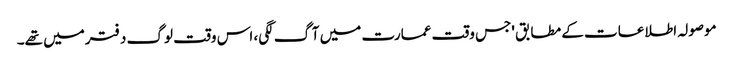
موصولہ اطلاعات کے مطابق 'جس وقت عمارت میں آگ لگی، اس وقت لوگ دفترمیں تھے۔